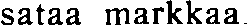
sataa markkaa